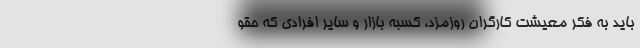
باید به فکر معیشت کارگران روزمزد، کسبه بازار و سایر افرادی که حقو